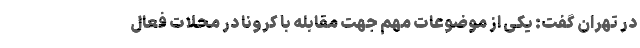
در تهران گفت: یکی از موضوعات مهم جهت مقابله با کرونا در محلات فعال